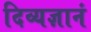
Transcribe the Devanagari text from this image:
दिव्यज्ञानं